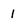
Character: 1